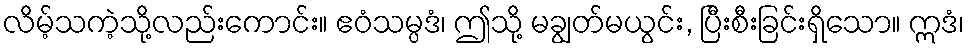
လိမ့်သကဲ့သို့လည်းကောင်း။ ဧဝံသမ္ပဒံ၊ ဤသို့ မချွတ်မယွင်း, ပြီးစီးခြင်းရှိသော။ ဣဒံ၊